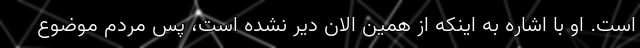
است. او با اشاره به اینکه از همین الان دیر نشده است، پس مردم موضوع